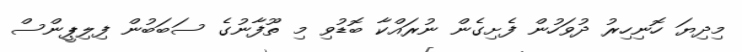
މިދިޔަ ހޮނިހިރު ދުވަހުން ފެށިގެން ނުރައްކާ ބޮޑުވި މި ތޫފާނުގެ ސަބަބުން ފިލިޕީންސް